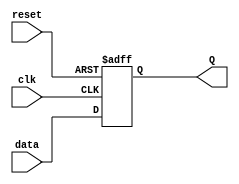
// D Flip Flop

`timescale 1ns / 1ns // `timescale time_unit/time_precision

module d_flip_flop(
	input data,
	input clk,
	input reset,
	output reg Q
	);

	always @(posedge clk or negedge reset) begin
		if (~reset)
			Q <= 1'b0;
		else
			Q <= data;
	end
endmodule